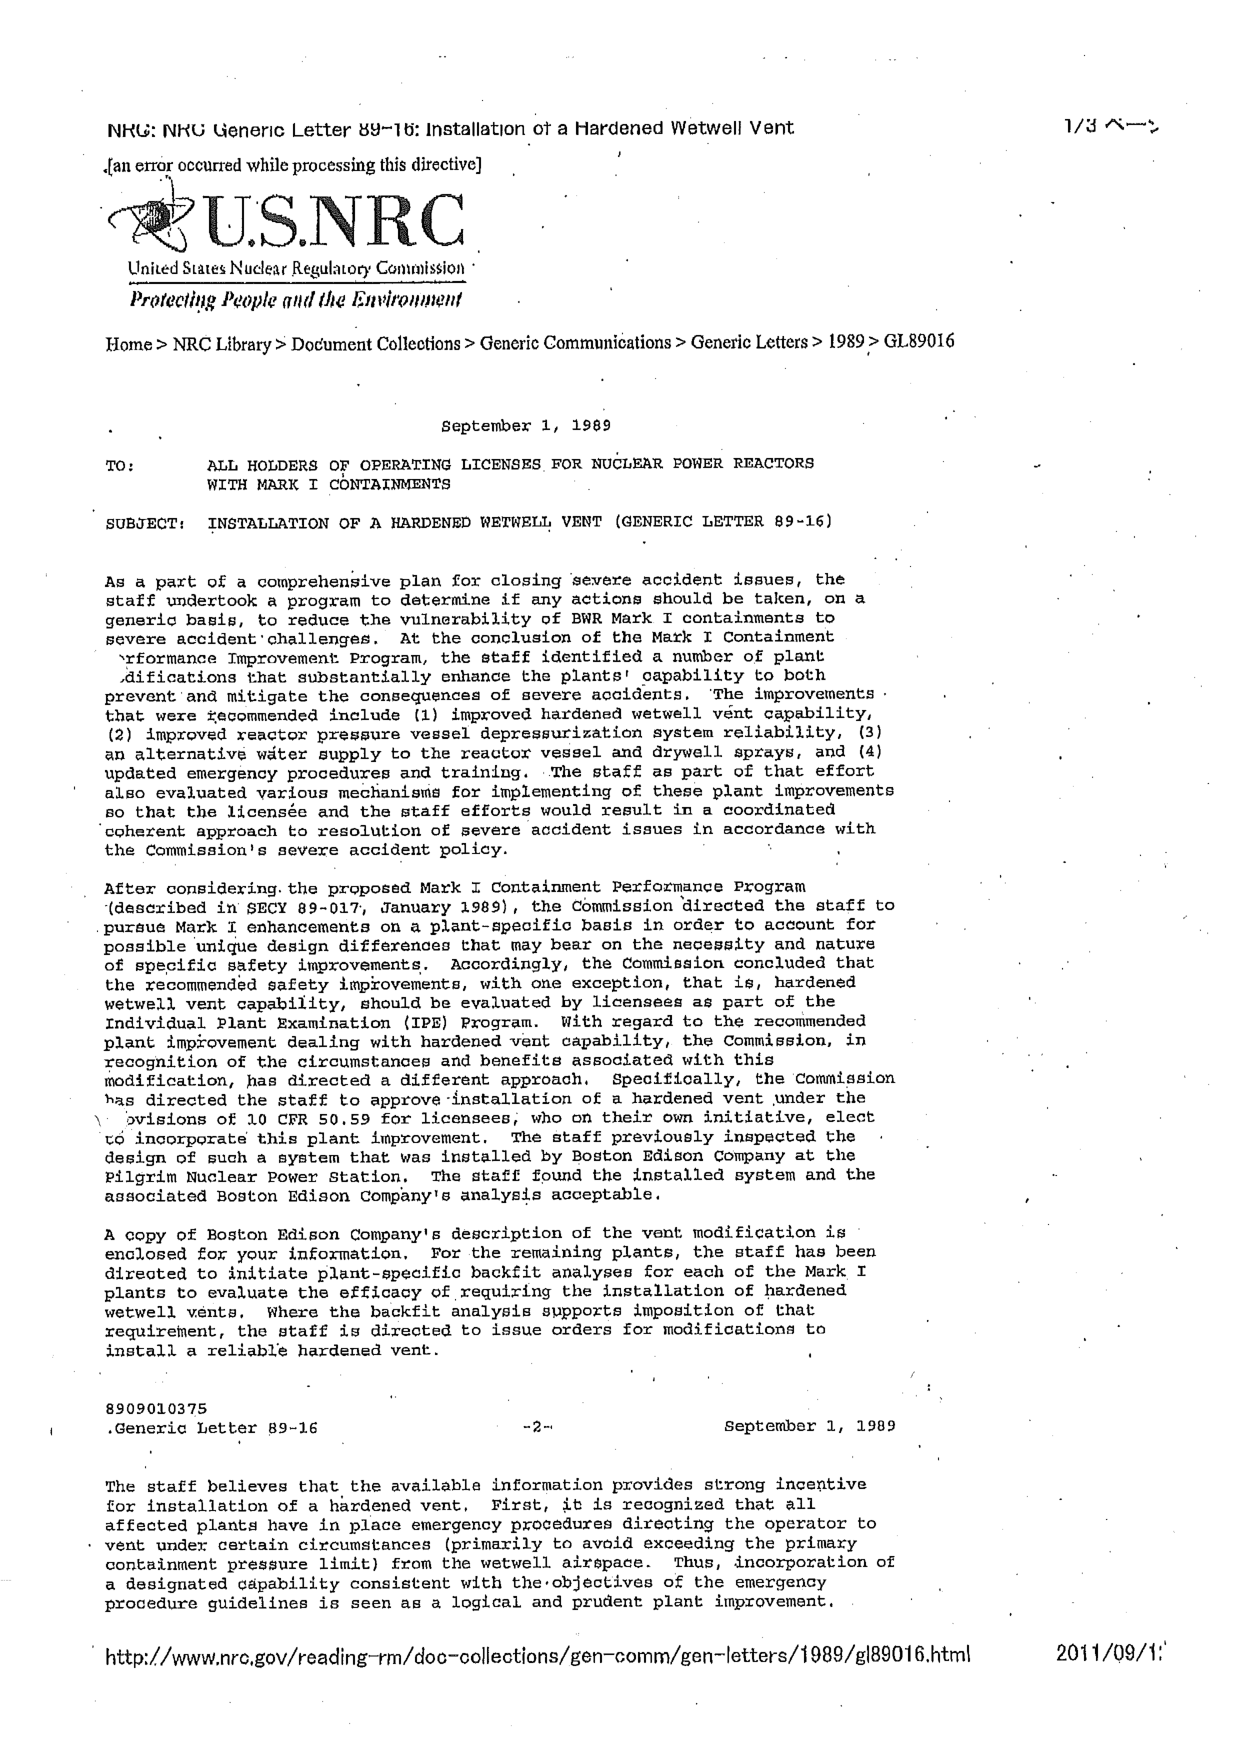
NRC: NRC Generic Letter 89-16: Installation of a Hardened Wetwell Vent
[an error occurred while processing this directive]
U.S.NRC
United States Nuclear Regulatory Commission
Protecting People and the Environment
Home > NRC Library > Document Collections > Generic Communications > Generic Letters > 1989 > GL89016
September 1, 1989
TO: ALL HOLDERS OF OPERATING LICENSES FOR NUCLEAR POWER REACTORS
WITH MARK I CONTAINMENTS
SUBJECT: INSTALLATION OF A HARDENED WETWELL VENT (GENERIC LETTER 89-16)
As a part of a comprehensive plan for closing severe accident issues, the
staff undertook a program to determine if any actions should be taken, on a
generic basis, to reduce the vulnerability of BWR Mark I containments to
severe accident challenges. At the conclusion of the Mark I Containment
Performance Improvement Program, the staff identified a number of plant
modifications that substantially enhance the plants' capability to both
prevent and mitigate the consequences of severe accidents. The improvements
that were recommended include (1) improved hardened wetwell vent capability,
(2) improved reactor pressure vessel depressurization system reliability, (3)
an alternative water supply to the reactor vessel and drywell sprays, and (4)
updated emergency procedures and training. The staff as part of that effort
also evaluated various mechanisms for implementing of these plant improvements
so that the licensee and the staff efforts would result in a coordinated
coherent approach to resolution of severe accident issues in accordance with
the Commission's severe accident policy.
After considering the proposed Mark I Containment Performance Program
(described in SECY 89-017, January 1989), the Commission directed the staff to
pursue Mark I enhancements on a plant-specific basis in order to account for
possible unique design differences that may bear on the necessity and nature
of specific safety improvements. Accordingly, the Commission concluded that
the recommended safety improvements, with one exception, that is, hardened
wetwell vent capability, should be evaluated by licensees as part of the
Individual Plant Examination (IPE) Program. With regard to the recommended
plant improvement dealing with hardened vent capability, the Commission, in
recognition of the circumstances and benefits associated with this
modification, has directed a different approach. Specifically, the Commission
has directed the staff to approve installation of a hardened vent under the
provisions of 10 CFR 50.59 for licensees, who on their own initiative, elect
to incorporate this plant improvement. The staff previously inspected the
design of such a system that was installed by Boston Edison Company at the
Pilgrim Nuclear Power Station. The staff found the installed system and the
associated Boston Edison Company's analysis acceptable.
A copy of Boston Edison Company's description of the vent modification is
enclosed for your information. For the remaining plants, the staff has been
directed to initiate plant-specific backfit analyses for each of the Mark I
plants to evaluate the efficacy of requiring the installation of hardened
wetwell vents. Where the backfit analysis supports imposition of that
requirement, the staff is directed to issue orders for modifications to
install a reliable hardened vent.
8909010375
Generic Letter 89-16 -2- September 1, 1989
The staff believes that the available information provides strong incentive
for installation of a hardened vent. First, it is recognized that all
affected plants have in place emergency procedures directing the operator to
vent under certain circumstances (primarily to avoid exceeding the primary
containment pressure limit) from the wetwell airspace. Thus, incorporation of
a designated capability consistent with the objectives of the emergency
procedure guidelines is seen as a logical and prudent plant improvement.
http://www.nrc.gov/reading-rm/doc-collections/gen-comm/gen-letters/1989/gl89016.html 2011/09/11
1/3 ページ